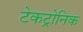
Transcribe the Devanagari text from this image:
टेकट्रोनिक